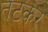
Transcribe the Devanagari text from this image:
तटकर